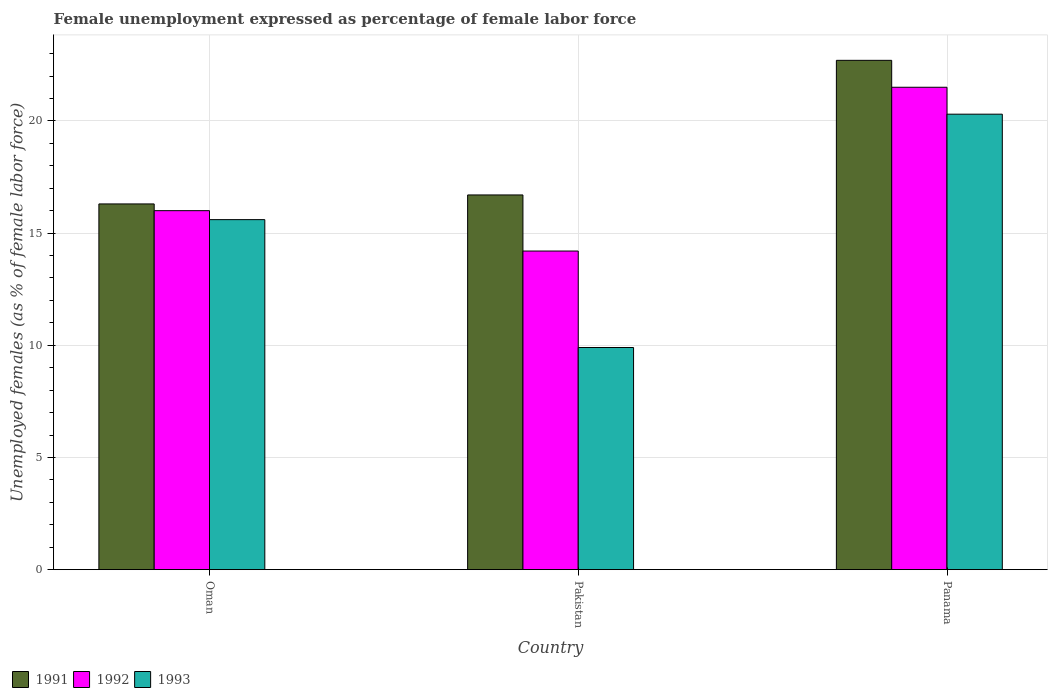
| Country | 1991 | 1992 | 1993 |
 | --- | --- | --- | --- |
 | Oman | 16.3 | 16 | 15.6 |
 | Pakistan | 16.7 | 14.2 | 9.9 |
 | Panama | 22.7 | 21.5 | 20.3 |